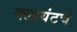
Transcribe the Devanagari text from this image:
क्लायंटचे